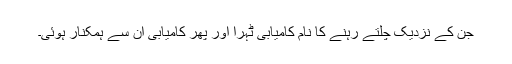
جن کے نزدیک چلتے رہنے کا نام کامیابی ٹہرا اور پھر کامیابی ان سے ہمکنار ہوئی۔